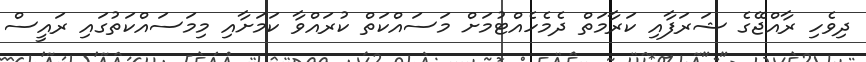
ދިވެހި ރާއްޖޭގެ ޝަރަފާއި ކަރާމަތް ދެމެހެއްޓުމަށް މަސައްކަތް ކުރައްވާ ކަމަށާއި މިމަސައްކަތުގައި ރައީސް